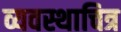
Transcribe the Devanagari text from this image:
व्यवस्थाचित्र